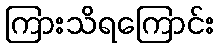
ကြားသိရကြောင်း